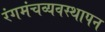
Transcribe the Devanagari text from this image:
रंगमंचव्यवस्थापन